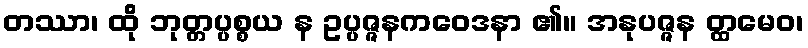
တဿာ၊ ထို ဘုတ္တပ္ပစ္စယ န ဥပ္ပဇ္ဇနကဝေဒနာ ၏။ အနုပဇ္ဇန တ္ထမေဝ၊